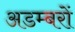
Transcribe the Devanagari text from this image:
अडम्बरों